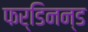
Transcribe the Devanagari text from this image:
फर्डिनन्ड